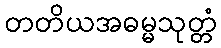
တတိယအဓမ္မသုတ္တံ